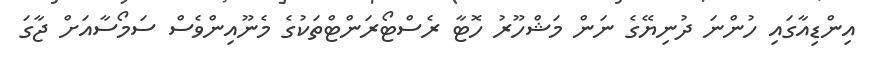
އިންޑިއާގައި ހުންނަ ދުނިޔޭގެ ނަން މަޝްހޫރު ހޮޓާ ރެސްޓޯރަންޓްތަކުގެ މެނޫއިންވެސް ސަމޯސާއަށް ޖާގަ